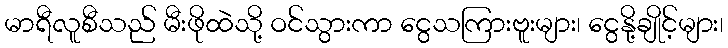
မာရီလူစီသည် မီးဖိုထဲသို့ ဝင်သွားကာ ငွေသကြားဗူးများ၊ ငွေနို့ချိုင့်များ၊